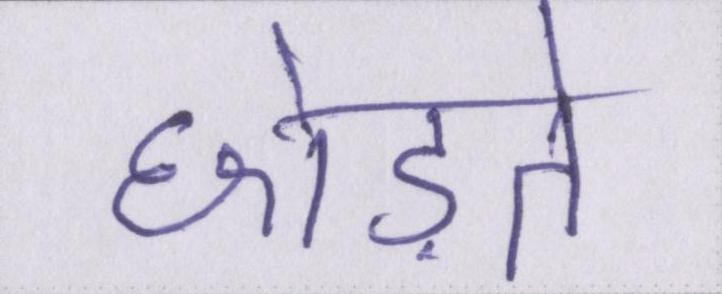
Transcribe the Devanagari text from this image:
छोड़ते